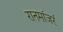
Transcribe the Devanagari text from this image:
रानमांजरं